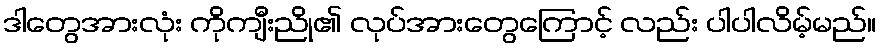
ဒါတွေအားလုံး ကိုကျီးညို၏ လုပ်အားတွေကြောင့် လည်း ပါပါလိမ့်မည်။